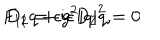
LaTeX: F _ { 1 2 } = \epsilon g ^ { 2 } | q | ^ { 2 } , \hspace { 5 m m } D _ { 1 } q + i \epsilon D _ { 2 } q = 0